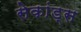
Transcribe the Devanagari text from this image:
सेकांड्स